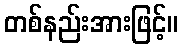
တစ်နည်းအားဖြင့်။